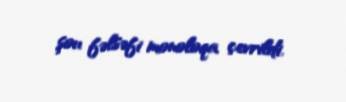
şou fəlsəfi monoloqa çevrildi.